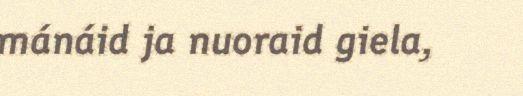
mánáid ja nuoraid giela,